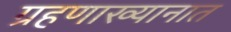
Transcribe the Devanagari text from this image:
ग्रहणाख्यानात